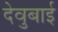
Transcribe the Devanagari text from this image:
देवुबाई